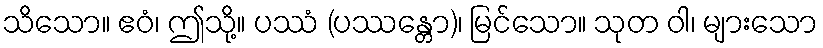
သိသော။ ဧဝံ၊ ဤသို့။ ပဿံ (ပဿန္တော)၊ မြင်သော။ သုတ ဝါ၊ များသော